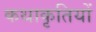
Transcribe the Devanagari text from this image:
कथाकृतियों